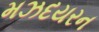
મઝદયરન